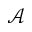
\mathcal { A }